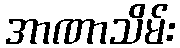
အာဏာသိမ်း